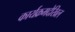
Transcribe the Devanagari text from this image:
कार्यक्रमदेखिल